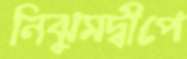
নিঝুমদ্বীপে